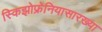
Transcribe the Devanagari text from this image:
स्किझोफ्रेनियासारख्या